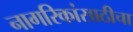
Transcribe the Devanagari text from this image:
नागरिकांसाठीचा